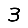
Digit: 3